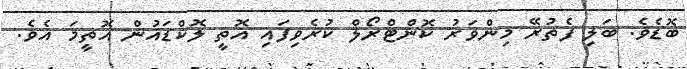
ބޮޑެވެ. ބަލި ފެތުރޭ މިންވަރު ކޮންޓްރޯލް ކުރެވިފައި އޮތީ ލޮކްޑައުން އޮތީމަ އެވެ.